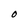
Character: O